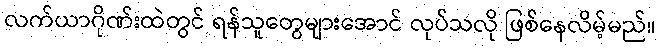
လက်ယာဂိုဏ်းထဲတွင် ရန်သူတွေများအောင် လုပ်သလို ဖြစ်နေလိမ့်မည်။